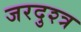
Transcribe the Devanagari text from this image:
जरदुश्त्र